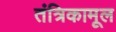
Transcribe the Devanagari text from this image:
तंत्रिकामूल